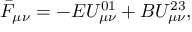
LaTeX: \bar { F } _ { \mu \nu } = - E U _ { \mu \nu } ^ { 0 1 } + B U _ { \mu \nu } ^ { 2 3 } ,